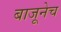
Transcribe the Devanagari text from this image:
बाजूनेच